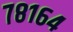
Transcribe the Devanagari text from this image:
७८१६४